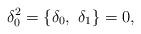
LaTeX: \begin{align*}\delta_0^2 = \lbrace \delta_0 , \ \delta_1 \rbrace = 0,\end{align*}